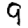
Digit: 9